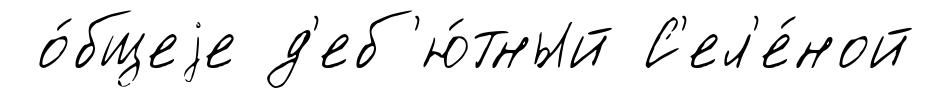
о́бщеjе д'еб'ю́тный С'ел'е́ной